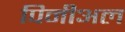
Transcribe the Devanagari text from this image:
पिनीअल